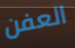
العفن